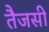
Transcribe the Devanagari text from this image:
तैजसी